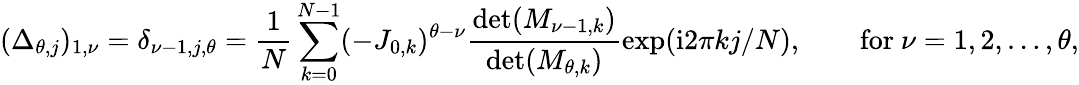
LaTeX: (\Delta_{\theta,j})_{1,\nu}=\delta_{\nu-1,j,\theta}=\frac{1}{N}\sum_{k=0}^{N-1}(-J_{0,k})^{\theta-\nu}\frac{\operatorname*{det}(M_{\nu-1,k})}{\operatorname*{det}(M_{\theta,k})}\exp(\mathrm{i}2\pi kj/N),\qquad\mathrm{for~}\nu=1,2,\ldots,\theta,